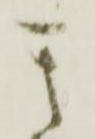
其